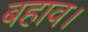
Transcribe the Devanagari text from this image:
बहाव।